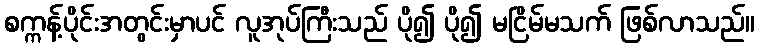
စက္ကန့်ပိုင်းအတွင်းမှာပင် လူအုပ်ကြီးသည် ပို၍ ပို၍ မငြိမ်မသက် ဖြစ်လာသည်။